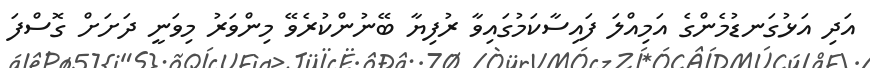
އަދި އަޅުގަނޑުމެންގެ އަމިއްލަ ފައިސާކަމުގައިވާ ރުފިޔާ ބޭނުންކުރެވޭ މިންވަރު މިވަނީ ދަށަށް ގޮސްފަ